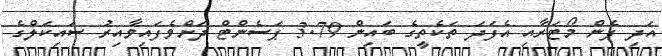
އަދި ފެން މޯޓަރާއި އެފަދަ ތަކެތީގެ ބައިން 3.79 ޕަސެންޓް ދަށްވެފައިވާއިރު ސައިކަލްގެ